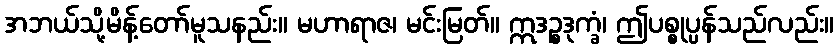
အဘယ်သို့မိန့်တော်မူသနည်း။ မဟာရာဇ၊ မင်းမြတ်။ ဣဒဉ္စဒုက္ခံ၊ ဤပစ္စုပ္ပန်သည်လည်း။